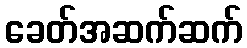
ခေတ်အဆက်ဆက်